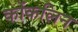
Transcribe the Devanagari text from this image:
कोंकलिन